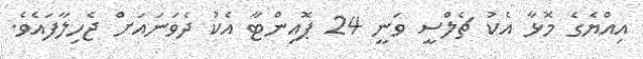
އިއްޔެގެ މޮޅާ އެކު ޗެލްސީ ވަނީ 24 ޕޮއިންޓާ އެކު ދެވަނައަށް ޖެހިލާފައެވެ.